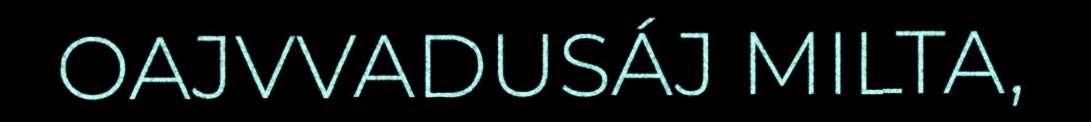
OAJVVADUSÁJ MILTA,